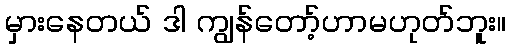
မှားနေတယ် ဒါ ကျွန်တော့်ဟာမဟုတ်ဘူး။